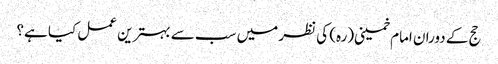
حج کے دوران امام خمینی(رہ) کی نظر میں سب سے بہترین عمل کیا ہے؟